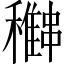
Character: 𥣽